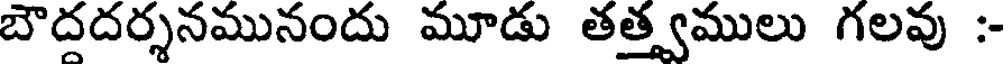
బౌదదర్శనమునందు మూడు తత్త్వములు గలవు :-